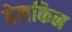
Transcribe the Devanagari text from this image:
बेलकिन